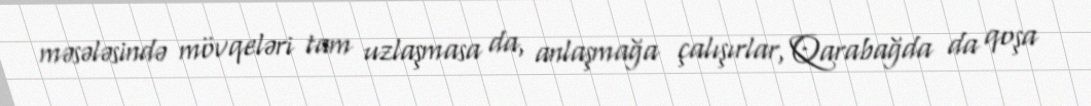
məsələsində mövqeləri tam uzlaşmasa da, anlaşmağa çalışırlar, Qarabağda da qoşa